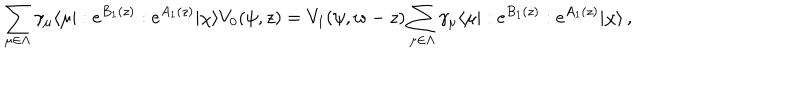
LaTeX: \sum _ { \mu \in \Lambda } \gamma _ { \mu } \langle \mu | : e ^ { B _ { 1 } ( z ) } : e ^ { A _ { 1 } ( z ) } | \chi \rangle V _ { 0 } ( \psi , z ) = V _ { 1 } ( \psi , w - z ) \sum _ { \mu \in \Lambda } \gamma _ { \mu } \langle \mu | : e ^ { B _ { 1 } ( z ) } : e ^ { A _ { 1 } ( z ) } | \chi \rangle \, ,